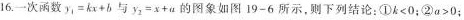
16.一次函数y_{1|=kx+b与y_{2|=x+a的图象如图19-6所示，则下列结论：①k<0；②a>0；